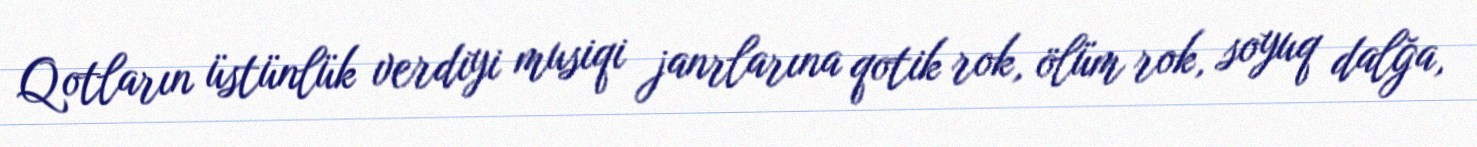
Qotların üstünlük verdiyi musiqi janrlarına qotik rok, ölüm rok, soyuq dalğa,